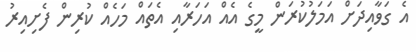
އެ ގަވާއިދަށް އަމަލުކުރަން މީގެ އެއް އަހަރާއި އެތައް މަހެއް ކުރިން ފެށިއިރު